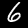
Label: 6